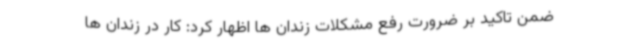
ضمن تاکید بر ضرورت رفع مشکلات زندان ها اظهار کرد: کار در زندان ها